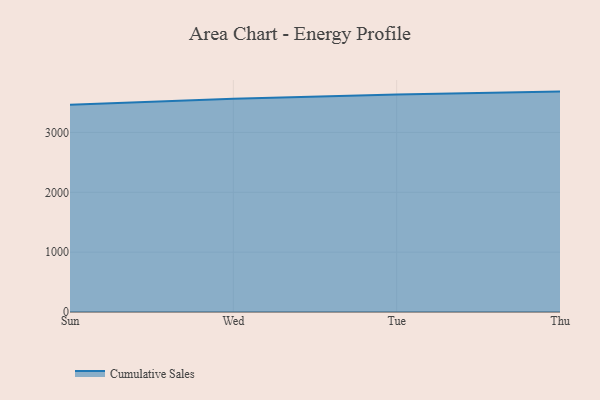
{"axis": {"x": "Day", "y": "Budget (USD K)"}, "legend": ["Cumulative Sales"], "data": [{"x": "Sun", "y": 3460.9, "type": "Cumulative Sales"}, {"x": "Wed", "y": 3563.0, "type": "Cumulative Sales"}, {"x": "Tue", "y": 3633.8, "type": "Cumulative Sales"}, {"x": "Thu", "y": 3682.5, "type": "Cumulative Sales"}]}